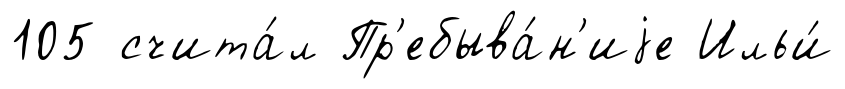
105 счита́л Пр'ебыва́н'иjе Ильи́